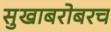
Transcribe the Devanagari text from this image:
सुखाबरोबरच